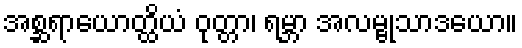
အစ္ဆရာယောတ္ထိယံ ဝုတ္တာ၊ ရမ္ဘာ အလမ္ဗုသာဒယော။